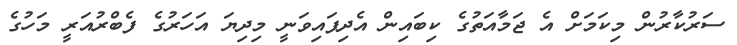
ސަރުކާރުން މިކަމަށް އެ ޖަމާއަތުގެ ކިބައިން އެދިފައިވަނީ މިދިޔަ އަހަރުގެ ފެބްރުއަރީ މަހުގެ